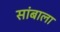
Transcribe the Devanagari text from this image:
सांबाला